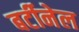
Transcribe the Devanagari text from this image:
बर्टीनेल